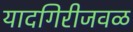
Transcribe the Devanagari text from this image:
यादगिरीजवळ